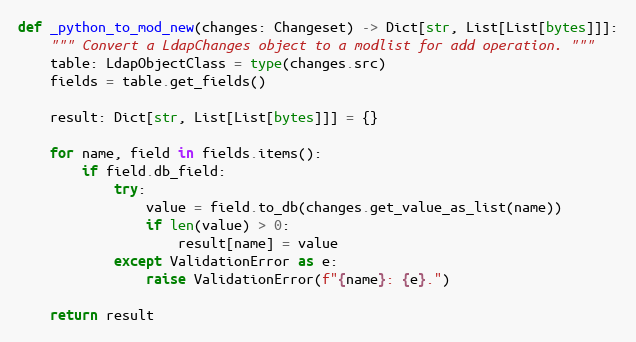
Language: Python
def _python_to_mod_new(changes: Changeset) -> Dict[str, List[List[bytes]]]:
    """ Convert a LdapChanges object to a modlist for add operation. """
    table: LdapObjectClass = type(changes.src)
    fields = table.get_fields()

    result: Dict[str, List[List[bytes]]] = {}

    for name, field in fields.items():
        if field.db_field:
            try:
                value = field.to_db(changes.get_value_as_list(name))
                if len(value) > 0:
                    result[name] = value
            except ValidationError as e:
                raise ValidationError(f"{name}: {e}.")

    return result